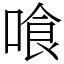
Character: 喰